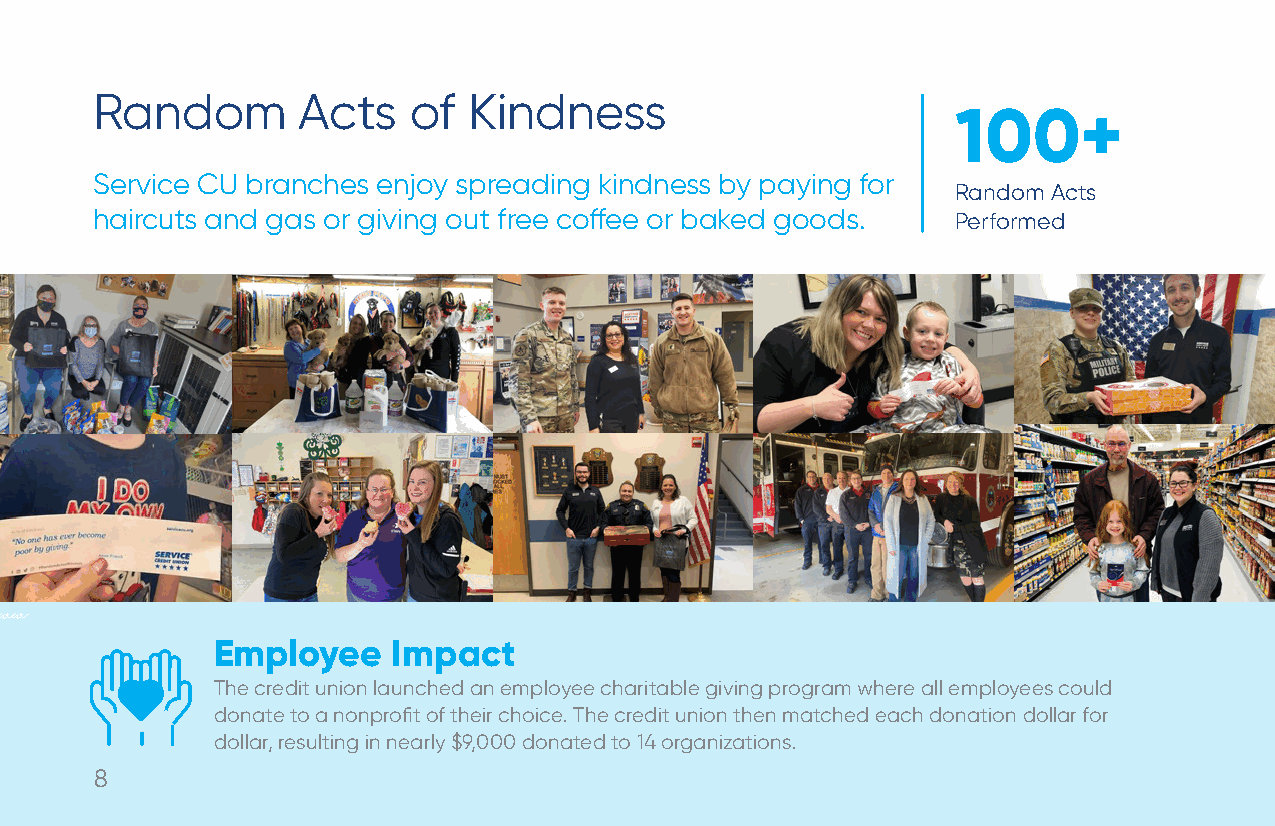
Random        Acts   of  Kindness
 100+
 Service CU branches enjoy spreading kindness by paying for
 Random Acts
 haircuts and gas or giving out free coffee or baked goods. Performed
 ww
 Employee    Impact
 The credit union launched an employee charitable giving program where all employees could
 donate to a nonprofit of their choice. The credit union then matched each donation dollar for
 dollar, resulting in nearly $9,000 donated to 14 organizations.
 8